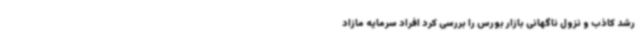
رشد کاذب و نزول ناگهانی بازار بورس را بررسی کرد افراد سرمایه مازاد